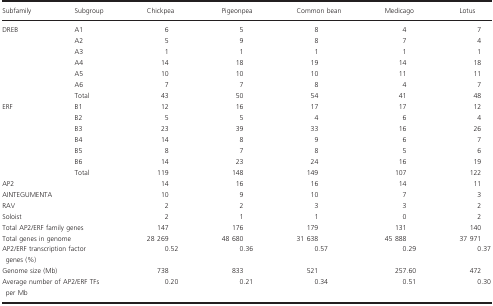
| Subfamily | Subgroup | Chickpea | Pigeonpea | Common bean | Medicago | Lotus |
 | --- | --- | --- | --- | --- | --- | --- |
 | <ROWSPAN=7> DREB | A1 | 6 | 5 | 8 | 4 | 7 |
 | A2 | 5 | 9 | 8 | 7 | 4 |
 | A3 | 1 | 1 | 1 | 1 | 1 |
 | A4 | 14 | 18 | 19 | 14 | 18 |
 | A5 | 10 | 10 | 10 | 11 | 11 |
 | A6 | 7 | 7 | 8 | 4 | 7 |
 | Total | 43 | 50 | 54 | 41 | 48 |
 | <ROWSPAN=7> ERF | B1 | 12 | 16 | 17 | 17 | 12 |
 | B2 | 5 | 5 | 4 | 6 | 4 |
 | B3 | 23 | 39 | 33 | 16 | 26 |
 | B4 | 14 | 8 | 9 | 6 | 7 |
 | B5 | 8 | 7 | 8 | 5 | 6 |
 | B6 | 14 | 23 | 24 | 16 | 19 |
 | Total | 119 | 148 | 149 | 107 | 122 |
 | <COLSPAN=2> AP2 | 14 | 16 | 16 | 14 | 11 |
 | <COLSPAN=2> AINTEGUMENTA | 10 | 9 | 10 | 7 | 3 |
 | <COLSPAN=2> RAV | 2 | 2 | 3 | 3 | 2 |
 | <COLSPAN=2> Soloist | 2 | 1 | 1 | 0 | 2 |
 | <COLSPAN=2> Total AP2/ERF family genes | 147 | 176 | 179 | 131 | 140 |
 | <COLSPAN=2> Total genes in genome | 28 269 | 48 680 | 31 638 | 45 888 | 37 971 |
 | <COLSPAN=2> AP2/ERF transcription factor genes (%) | 0.52 | 0.36 | 0.57 | 0.29 | 0.37 |
 | <COLSPAN=2> Genome size (Mb) | 738 | 833 | 521 | 257.60 | 472 |
 | <COLSPAN=2> Average number of AP2/ERF TFs per Mb | 0.20 | 0.21 | 0.34 | 0.51 | 0.30 |